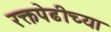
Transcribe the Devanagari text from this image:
रक्तपेढीच्या